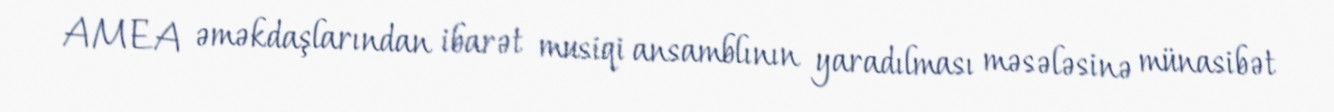
AMEA əməkdaşlarından ibarət musiqi ansamblının yaradılması məsələsinə münasibət